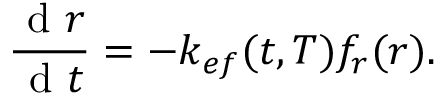
\frac { \mathrm { ~ d ~ } r } { \mathrm { ~ d ~ } t } = - k _ { e f } ( t , T ) f _ { r } ( r ) .